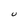
Character: U